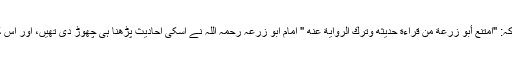
-امام ابن ابی حاتم رحمہ اللہ کہتے ہیں کہ: "امتنع أبو زرعة من قراءة حديثه وترك الرواية عنه " امام ابو زرعہ رحمہ اللہ نے اسکی احادیث پڑھنا ہی چھوڑ دی تھیں، اور اس کی روایات آگے بیان نہیں کرتے تھے۔